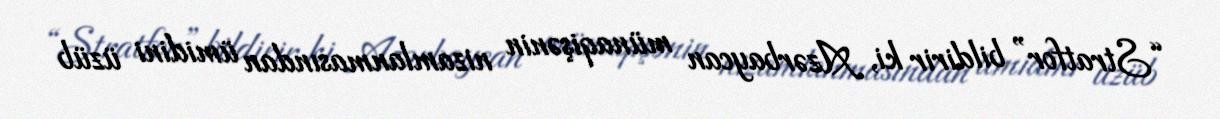
“Stratfor” bildirir ki, Azərbaycan münaqişənin nizamlanmasından ümidini üzüb